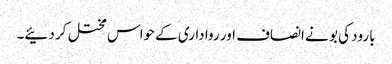
بارود کی بو نے انصاف اور رواداری کے حواس مختل کر دئیے۔